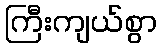
ကြီးကျယ်စွာ